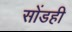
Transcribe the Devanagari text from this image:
सोंडही